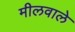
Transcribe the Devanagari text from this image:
मीलवाले